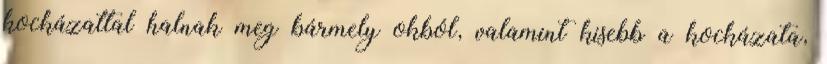
kockázattal halnak meg bármely okból, valamint kisebb a kockázata,